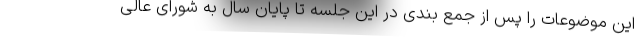
این موضوعات را پس از جمع بندی در این جلسه تا پایان سال به شورای عالی